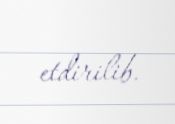
etdirilib.